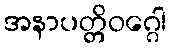
အနာပတ္တိဝဂ္ဂေါ